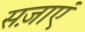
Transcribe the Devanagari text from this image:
सज़ाएं